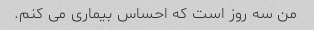
من سه روز است که احساس بیماری می کنم.